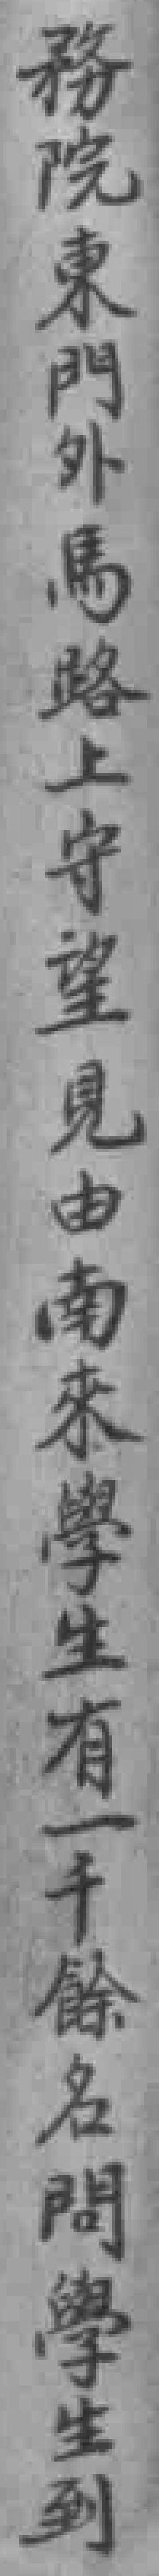
務院東門外馬路上守望見由南來學生有一千餘名問學生到